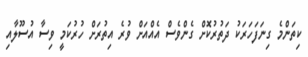
ކިތަންމެ ގިނަފަހަރަކު ދަތުރުކޮށް ގެންވެސް އެއްއަށް ވުރެ އިތުރަށް ހުރުކަމީ ވިސާ އުސޫލާއި